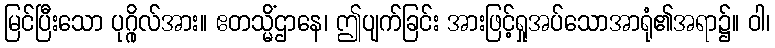
မြင်ပြီးသော ပုဂ္ဂိုလ်အား။ ဧတသ္မိံဌာနေ၊ ဤပျက်ခြင်း အားဖြင့်ရှုအပ်သောအာရုံ၏အရာ၌။ ဝါ၊